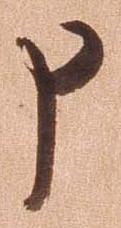
申